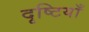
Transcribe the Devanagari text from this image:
दृष्‍टियाँ